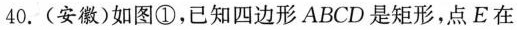
40.(安徽)如图①，已知四边形ABCD是矩形，点E在